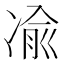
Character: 𫥓